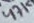
Text: 47K